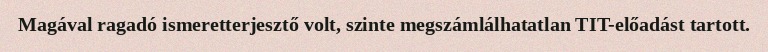
Magával ragadó ismeretterjesztő volt, szinte megszámlálhatatlan TIT-előadást tartott.